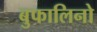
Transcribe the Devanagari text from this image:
बुफालिनो